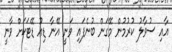
އާއި ސުވާލު ކުރުމުން މޭގަން ބުނެފައި ވަނީ އޭނާ ޑިއު ޑޭޓަކަށް ވާނީ